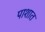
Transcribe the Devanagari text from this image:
पाशात